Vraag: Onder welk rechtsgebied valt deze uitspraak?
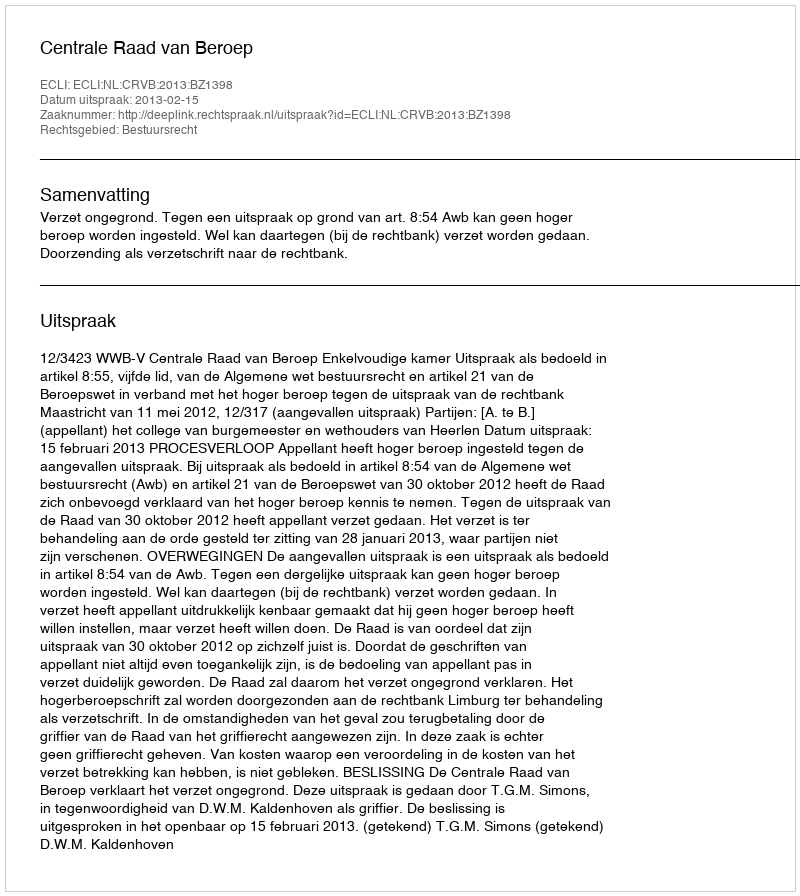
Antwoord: Bestuursrecht